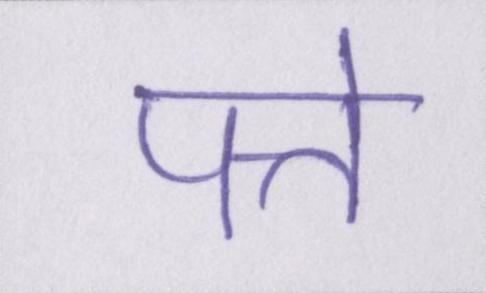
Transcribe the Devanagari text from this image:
पत्ते